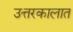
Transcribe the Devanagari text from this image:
उत्तरकालात